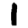
Digit: 1